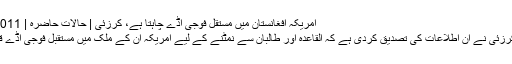
امریکہ افغانستان میں مستقل فوجی اڈے چاہتا ہے، کرزئی | حالات حاضرہ | DW | 08.02.2011
افغان صدر حامد کرزئی نے ان اطلاعات کی تصدیق کردی ہے کہ القاعدہ اور طالبان سے نمٹنے کے لیے امریکہ ان کے ملک میں مستقبل فوجی اڈے قائم کرنا چاہتا ہے۔